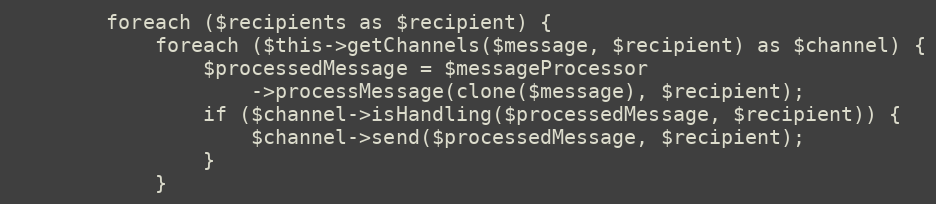
Language: PHP
        foreach ($recipients as $recipient) {
            foreach ($this->getChannels($message, $recipient) as $channel) {
                $processedMessage = $messageProcessor
                    ->processMessage(clone($message), $recipient);
                if ($channel->isHandling($processedMessage, $recipient)) {
                    $channel->send($processedMessage, $recipient);
                }
            }